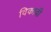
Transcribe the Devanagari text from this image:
विकावी